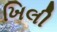
ખિલી